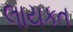
લાયકત